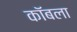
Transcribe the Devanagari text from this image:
कॉबला